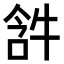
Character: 𤙣